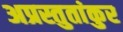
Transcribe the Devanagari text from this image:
अप्रस्तुतांकुर